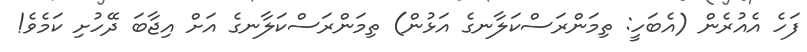
ފަހެ އެއުރެން (އެބަހީ: ތިމަންރަސްކަލާނގެ އަޅުން) ތިމަންރަސްކަލާނގެ އަށް އިޖާބަ ދޭހުށި ކަމެވެ!